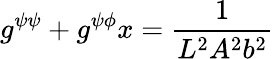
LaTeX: g^{\psi\psi}+g^{\psi\phi}x=\frac{1}{L^{2}A^{2}b^{2}}